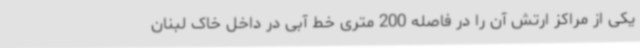
یکی از مراکز ارتش آن را در فاصله 200 متری خط آبی در داخل خاک لبنان